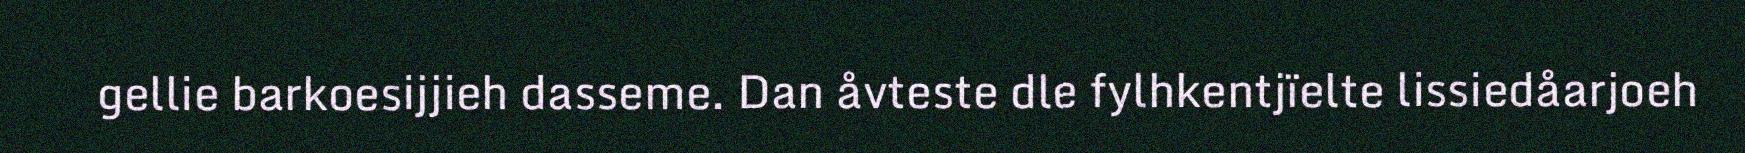
gellie barkoesijjieh dasseme. Dan åvteste dle fylhkentjïelte lissiedåarjoeh